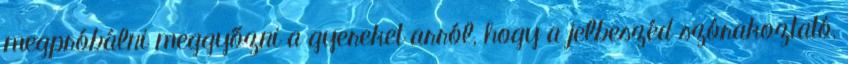
megpróbálni meggyőzni a gyereket arról, hogy a jelbeszéd szórakoztató,